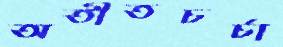
অতীতচর্চা